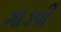
ગાડવી